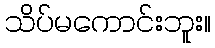
သိပ်မကောင်းဘူး။